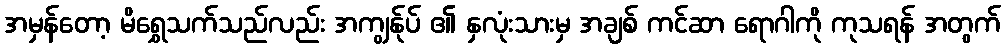
အမှန်တော့ မိရွှေသက်သည်လည်း အကျွန်ုပ် ၏ နှလုံးသားမှ အချစ် ကင်ဆာ ရောဂါကို ကုသရန် အတွက်